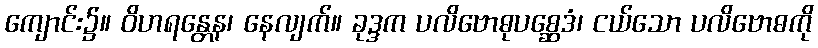
ကျောင်း၌။ ဝိဟရန္တေန၊ နေလျက်။ ခုဒ္ဒက ပလိဗောဓုပစ္ဆေဒံ၊ ငယ်သော ပလိဗောဓကို